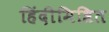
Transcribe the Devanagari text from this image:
हिंदीमिश्रित